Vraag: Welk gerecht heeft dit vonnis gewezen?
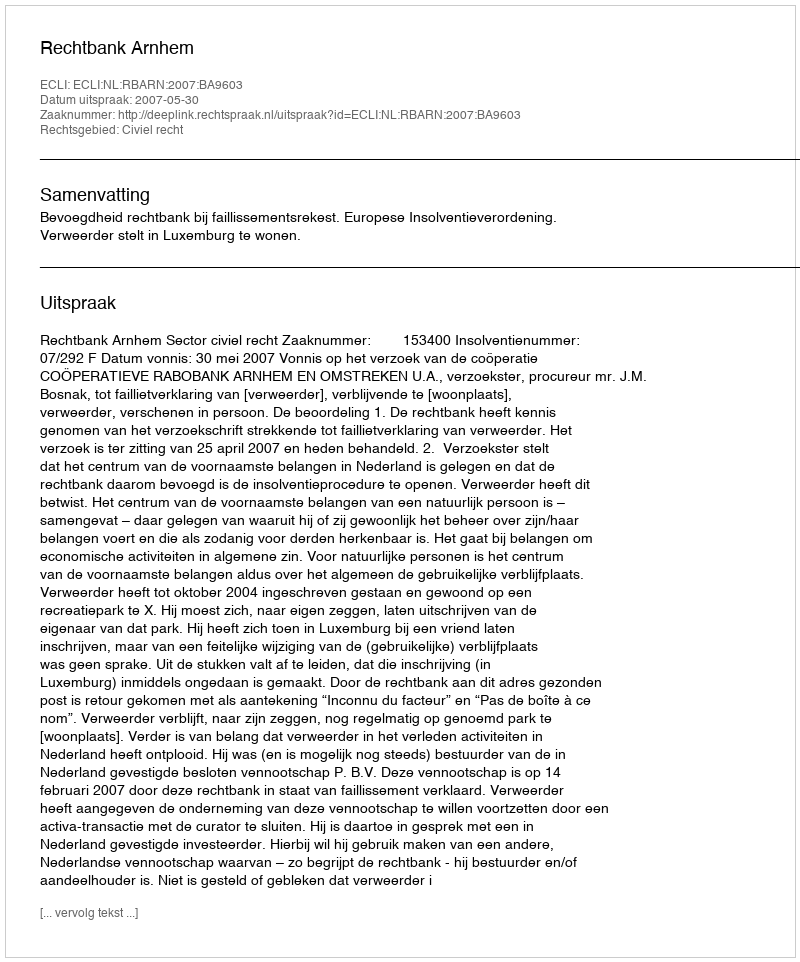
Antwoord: Rechtbank Arnhem